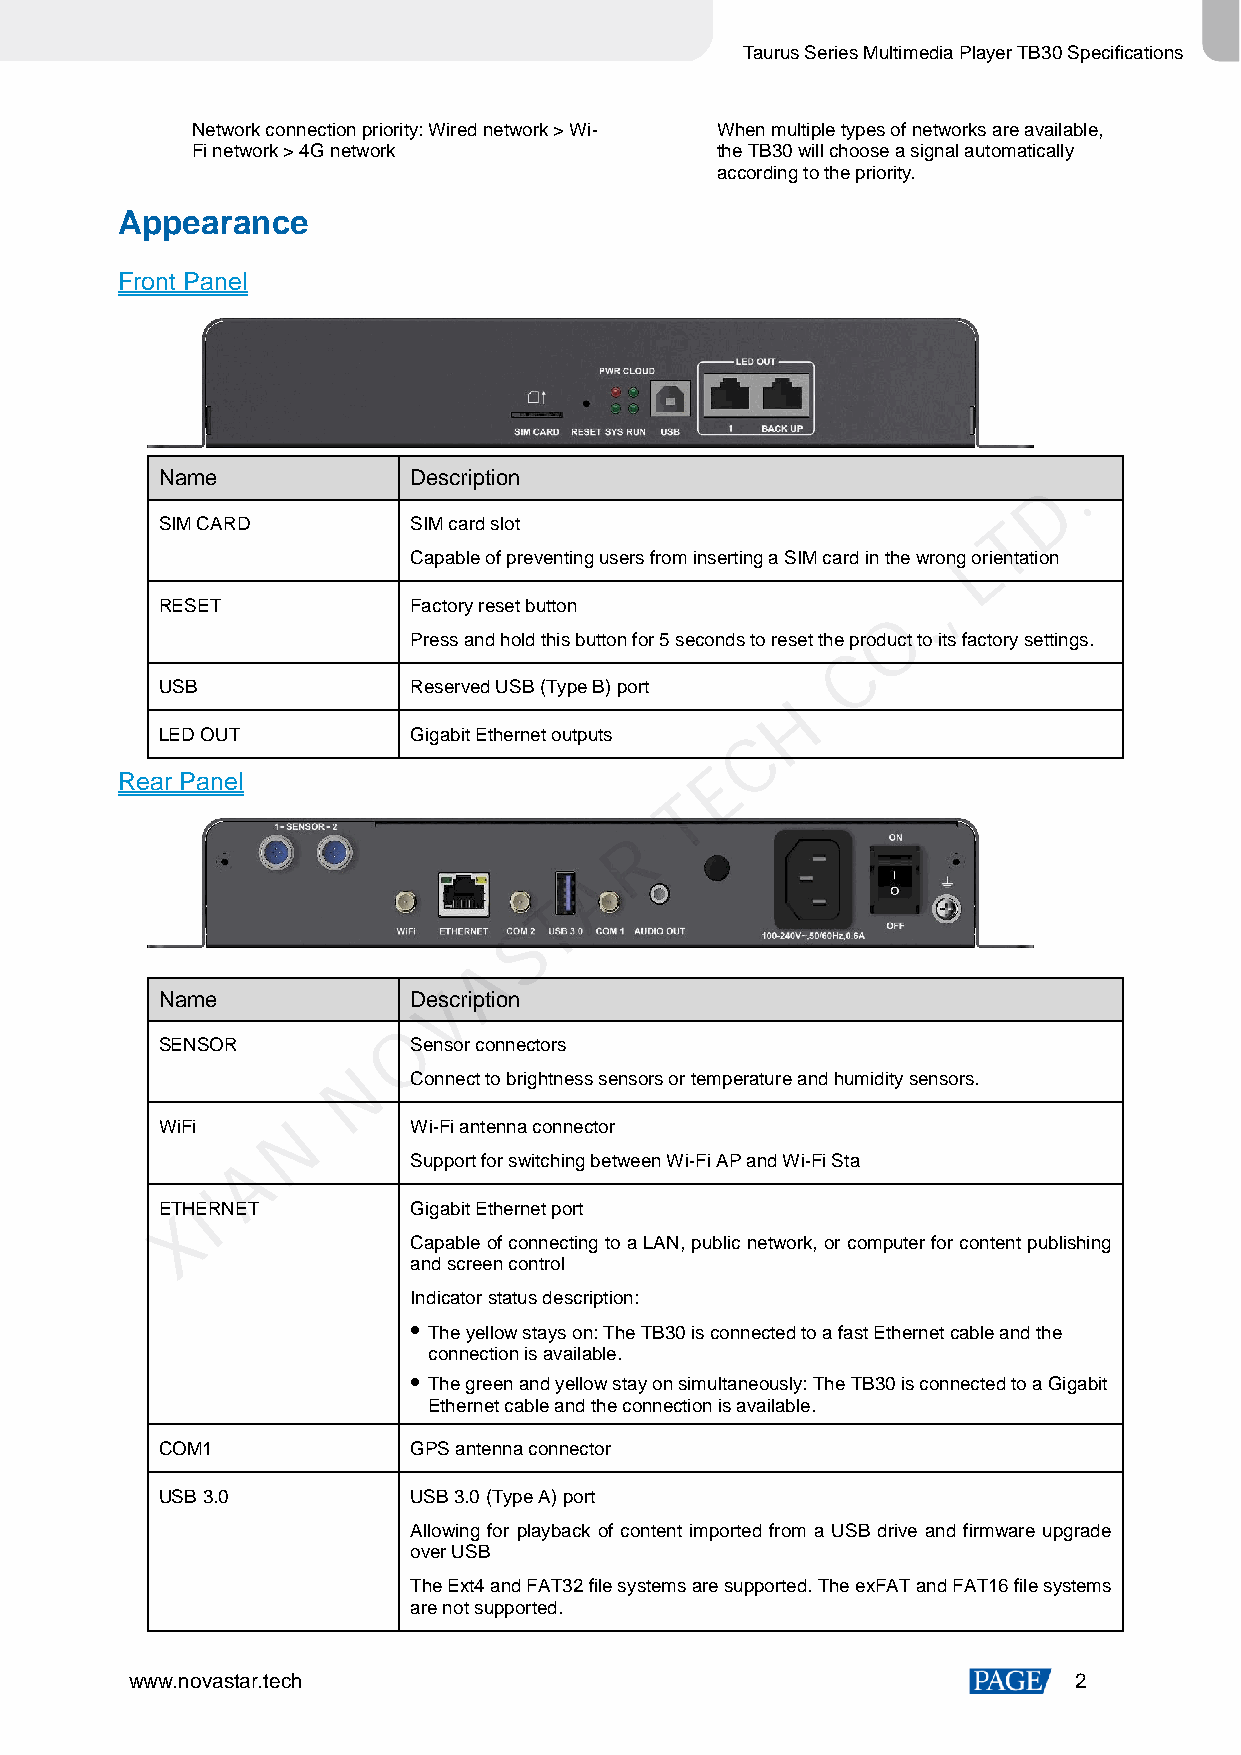
Taurus Series Multimedia Player TB30 Specifications
 Network connection priority: Wired network > Wi- When multiple types of networks are available,
 Fi network > 4G network           the TB30 will choose a signal automatically
 according to the priority.
 Appearance
 Front Panel
 Name            Description                                .
 D
 SIM CARD        SIM card slot                          T
 L
 Capable of preventing users from inserting a SIM card in the wrong orientation
 ,
 RESET           Factory reset button             .
 O
 Press and hold this button for 5 seconds to reset the product to its factory settings.
 C
 USB             Reserved USB (Type B) port
 H
 LED OUT         Gigabit Ethernet outputs C
 E
 Rear Panel
 T
 R
 A
 T
 S
 A
 Name            DesVcription
 O
 SENSOR          Sensor connectors
 N
 Connect to brightness sensors or temperature and humidity sensors.
 N
 WiFi            Wi-Fi antenna connector
 A          Support for switching between Wi-Fi AP and Wi-Fi Sta
 '
 ETHIERNET       Gigabit Ethernet port
 X
 Capable of connecting to a LAN, public network, or computer for content publishing
 and screen control
 Indicator status description:
  The yellow stays on: The TB30 is connected to a fast Ethernet cable and the
 connection is available.
  The green and yellow stay on simultaneously: The TB30 is connected to a Gigabit
 Ethernet cable and the connection is available.
 COM1            GPS antenna connector
 USB 3.0         USB 3.0 (Type A) port
 Allowing for playback of content imported from a USB drive and firmware upgrade
 over USB
 The Ext4 and FAT32 file systems are supported. The exFAT and FAT16 file systems
 are not supported.
 www.novastar.tech                                             2